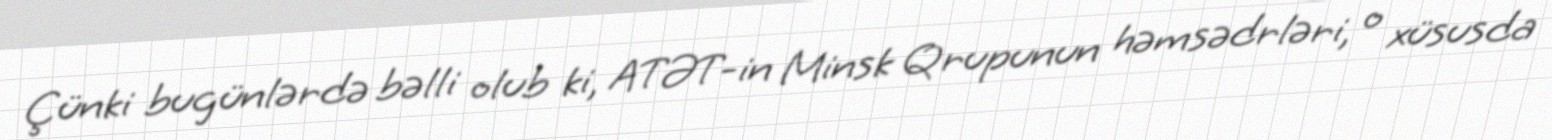
Çünki bugünlərdə bəlli olub ki, ATƏT-in Minsk Qrupunun həmsədrləri, o xüsusda